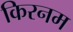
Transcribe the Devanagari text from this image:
किरनम